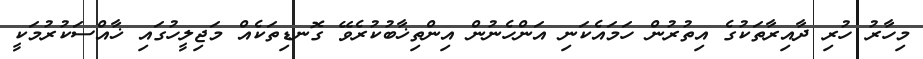
މިހާރު ހުރި ދާއިރާތަކުގެ އިތުރުން ހަމައެކަނި އަންހެނުން އިންތިޚާބުކުރެވޭ ގޮނޑިތަކެއް މަޖިލީހުގައި ޚާއްސަކުރުމަކީ